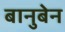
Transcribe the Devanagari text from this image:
बानुबेन